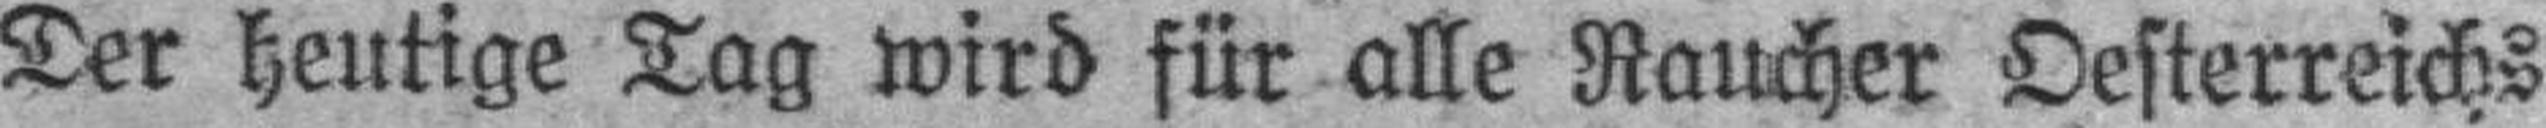
Der heutige Tag wird für alle Raucher Oesterreichs